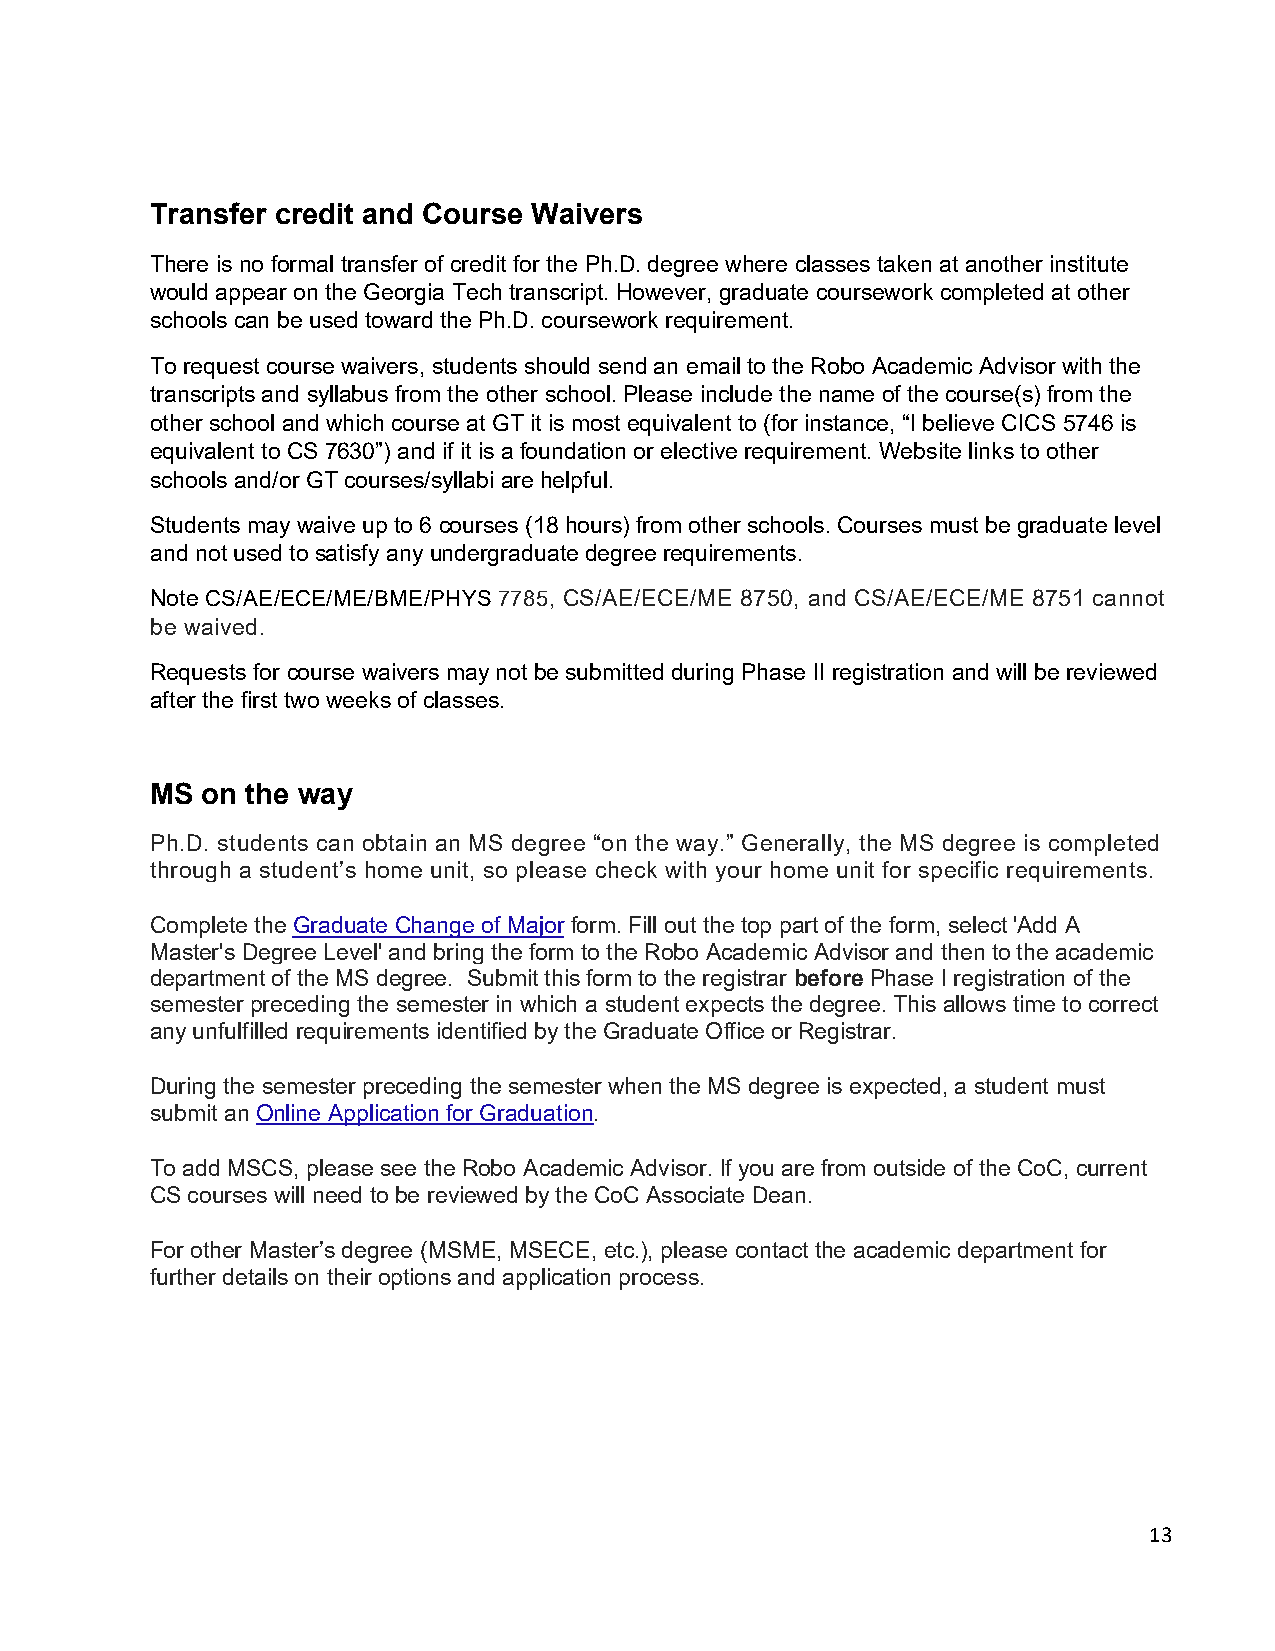
Transfer credit and Course Waivers
 There is no formal transfer of credit for the Ph.D. degree where classes taken at another institute
 would appear on the Georgia Tech transcript. However, graduate coursework completed at other
 schools can be used toward the Ph.D. coursework requirement.
 To request course waivers, students should send an email to the Robo Academic Advisor with the
 transcripts and syllabus from the other school. Please include the name of the course(s) from the
 other school and which course at GT it is most equivalent to (for instance, “I believe CICS 5746 is
 equivalent to CS 7630”) and if it is a foundation or elective requirement. Website links to other
 schools and/or GT courses/syllabi are helpful.
 Students may waive up to 6 courses (18 hours) from other schools. Courses must be graduate level
 and not used to satisfy any undergraduate degree requirements.
 Note CS/AE/ECE/ME/BME/PHYS7785, CS/AE/ECE/ME 8750, and CS/AE/ECE/ME 8751 cannot
 be waived.
 Requests for course waivers may not be submitted during Phase II registration and will be reviewed
 after the first two weeks of classes.
 MS on the way
 Ph.D. students can obtain an MS degree “on the way.” Generally, the MS degree is completed
 through a student’s home unit, so please check with your home unit for specific requirements.
 Complete the Graduate Change of Major form. Fill out the top part of the form, select 'Add A
 Master's Degree Level' and bring the form to the Robo Academic Advisor and then to the academic
 department of the MS degree. Submit this form to the registrar before Phase I registration of the
 semester preceding the semester in which a student expects the degree. This allows time to correct
 any unfulfilled requirements identified by the Graduate Office or Registrar.
 During the semester preceding the semester when the MS degree is expected, a student must
 submit an Online Application for Graduation.
 To add MSCS, please see the Robo Academic Advisor. If you are from outside of the CoC, current
 CS courses will need to be reviewed by the CoC Associate Dean.
 For other Master’s degree (MSME, MSECE, etc.), please contact the academic department for
 further details on their options and application process.
 13